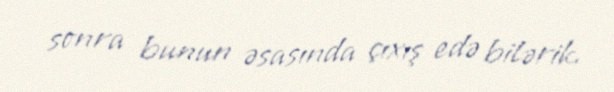
sonra bunun əsasında çıxış edə bilərik.